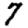
Digit: 7